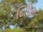
દિપિકા